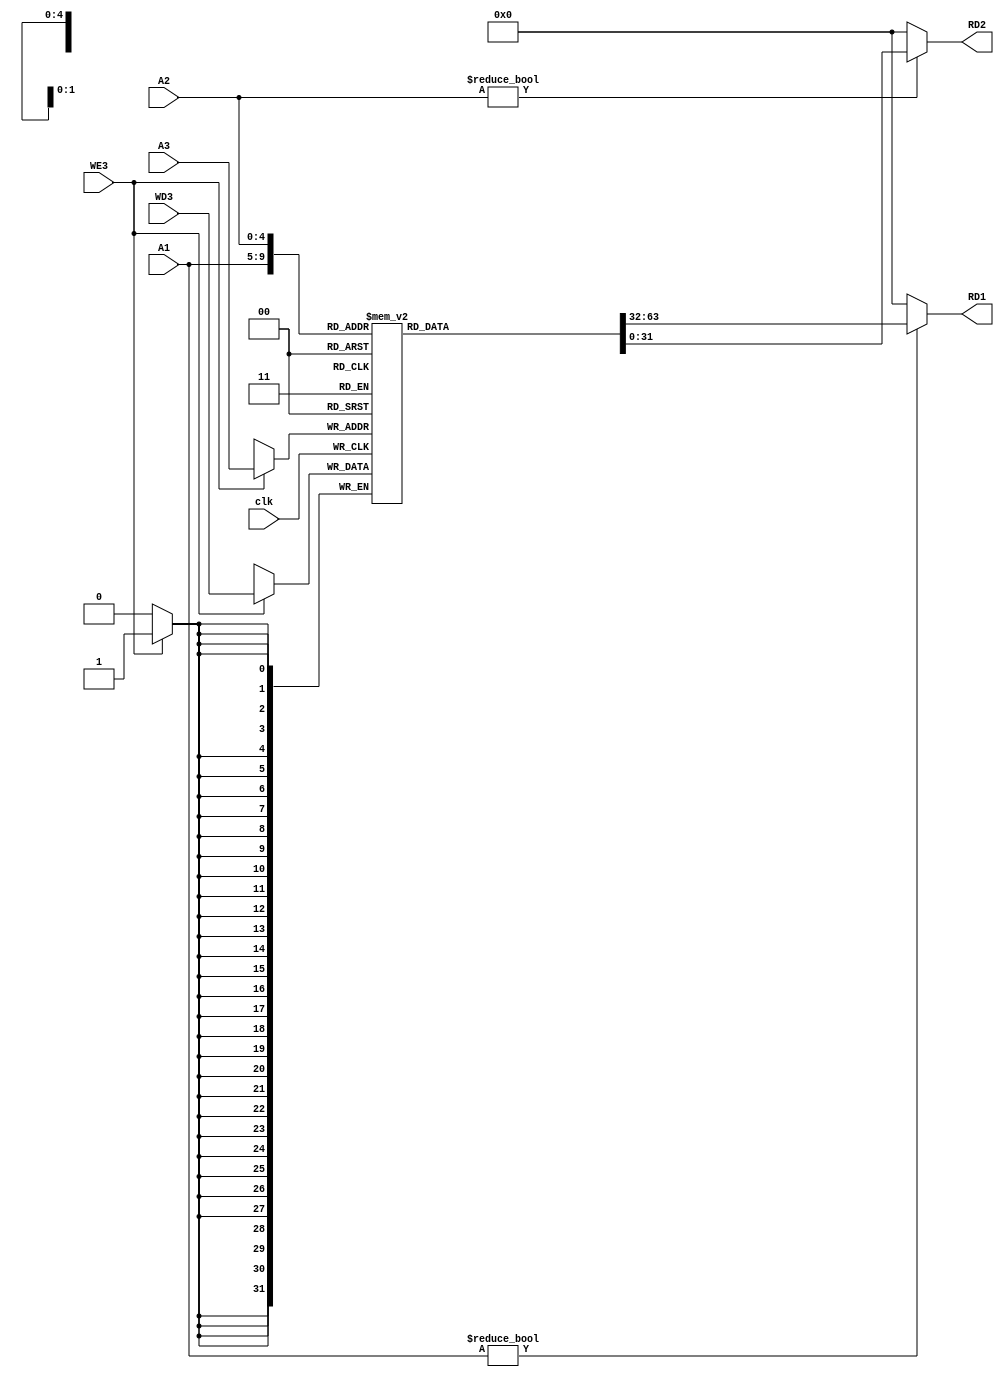
//Triple port register file 
//2 ports to read from, 1 to write to

module reg_file (
    A1, A2, A3, clk, WE3, WD3, RD1, RD2 
);
    input [4:0] A1, A2, A3;
    input clk, WE3;
    input [31:0] WD3;
    output wire [31:0] RD1, RD2;
    /////////////////////////////////////////
    reg [31:0] rf [31:0];
    /////////////////////////////////////////
    always @(posedge clk) begin
        if (WE3 == 1'b1)
            rf[A3] <= WD3;
    end
    assign RD1 = (A1 != 0) ? rf[A1] : 0;
    assign RD2 = (A2 != 0) ? rf[A2] : 0;
endmodule